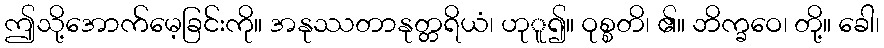
ဤသို့အောက်မေ့ခြင်းကို။ အနုဿတာနုတ္တရိယံ၊ ဟုူ၍။ ဝုစ္စတိ၊ ၏။ ဘိက္ခဝေ၊ တို့။ ခေါ၊